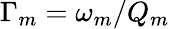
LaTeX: \Gamma_{m}=\omega_{m}/Q_{m}